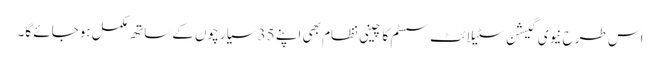
اس طرح نیوی گیشن سٹیلائٹ سسٹم کا چینی نظام بھی اپنے 35 سیارچوں کے ساتھ مکمل ہوجائے گا۔